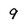
Character: 9